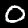
Digit: 0